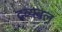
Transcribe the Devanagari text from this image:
द्रव्यबल